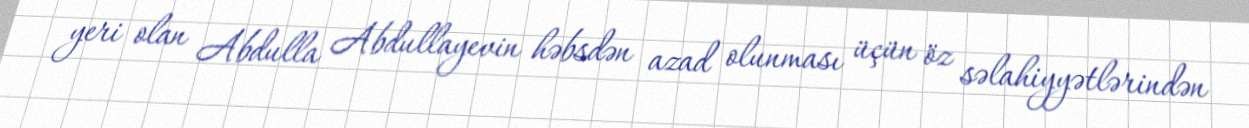
yeri olan Abdulla Abdullayevin həbsdən azad olunması üçün öz səlahiyyətlərindən